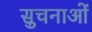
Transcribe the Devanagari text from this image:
सुचनाओं